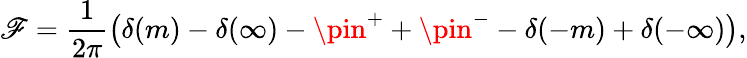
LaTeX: \mathscr{F}=\frac{{1}}{{2\pi}}\left(\delta(m)-\delta(\infty)-\pin^{+}+\pin^{-}-\delta(-m)+\delta(-\infty)\right),